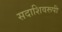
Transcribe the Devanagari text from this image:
सदाशिवरूपी